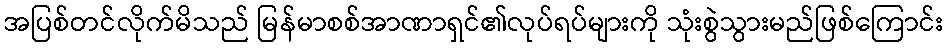
အပြစ်တင်လိုက်မိသည် မြန်မာစစ်အာဏာရှင်၏လုပ်ရပ်များကို သုံးစွဲသွားမည်ဖြစ်ကြောင်း